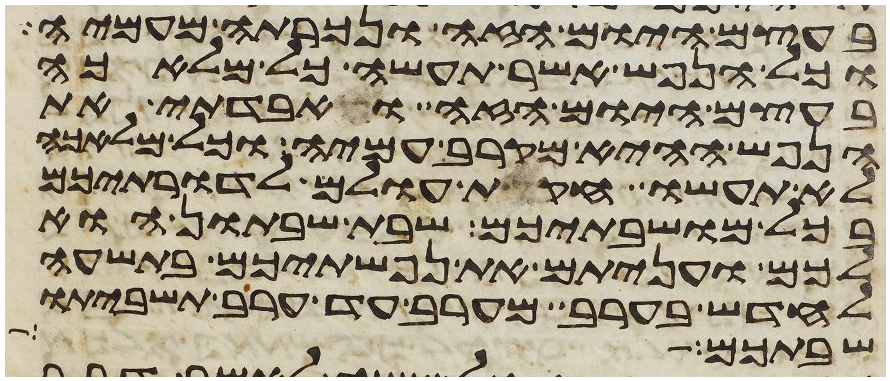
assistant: בעצם היום הזה ונכרתה מעמיה
וכל הנפש אשר תעשה כל מלאכה
בעצם היום הזה ואבדתי את
הנפש ההיא מקרב עמיה וכל מלאכה
לא תעשו חקות עולם לדרתיכם
בכל מושבתיכם שבת שבתון הוא
לכם ועניתם את נפשתיכם בתשעה
לחדש בערב מערב עד ערב תשביתו
שבתכם